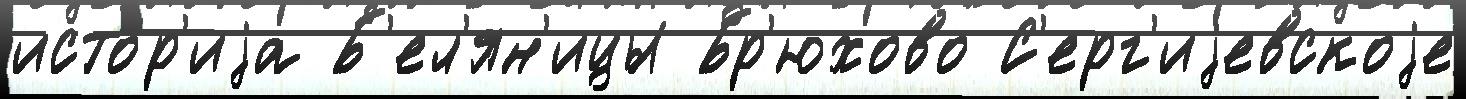
исто́р'иjа Б'ел'ян'ицы Бр'юхово С'ерг'иjевскоjе